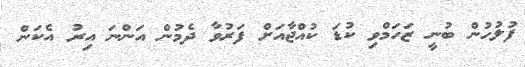
ފުލުހުން ބުނީ ޒަހަމްވި ކުޑަ ކުއްޖާއަށް ފަރުވާ ދެމުން އަންނަ އިރު އެކަން